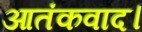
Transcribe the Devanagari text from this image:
आतंकवाद।